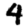
Digit: 4